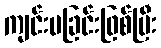
ကျင်းပခြင်းဖြစ်ပြီး